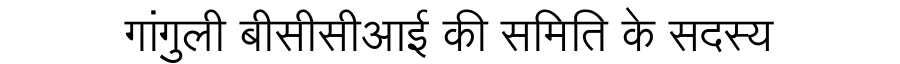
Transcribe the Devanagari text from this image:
गांगुली बीसीसीआई की समिति के सदस्य